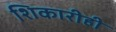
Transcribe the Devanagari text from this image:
शिकारीही